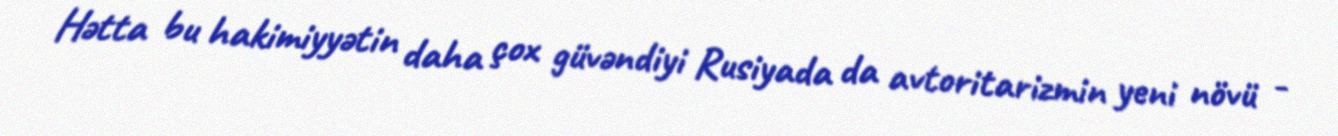
Hətta bu hakimiyyətin daha çox güvəndiyi Rusiyada da avtoritarizmin yeni növü -